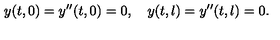
y ( t , 0 ) = y ^ { \prime \prime } ( t , 0 ) = 0 , \quad y ( t , l ) = y ^ { \prime \prime } ( t , l ) = 0 .